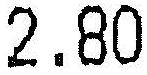
2.80